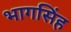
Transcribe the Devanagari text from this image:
भागसिंह